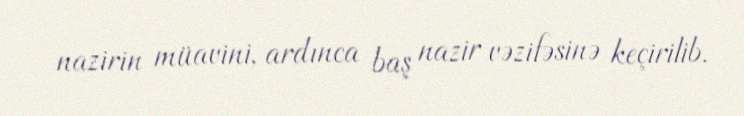
nazirin müavini, ardınca baş nazir vəzifəsinə keçirilib.